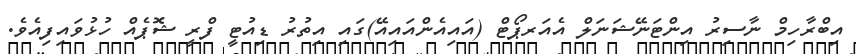
އިބްރާހިމް ނާސިރު އިންޓަނޭޝަނަލް އެއަރޕޯޓް (އައިއެންއައިއޭ)ގައި އިތުރު ޑިއުޓީ ފްރީ ޝޮޕެއް ހުޅުވައިފިއެވެ.